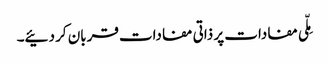
مِلّی مفادات پر ذاتی مفادات قربان کر دئیے۔